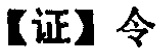
【证】令